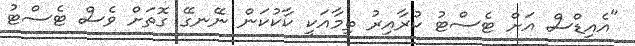
"އެއިޑްސް އަަށް ޓެސްޓު ކުރާއިރު ތިމާއަކީ ކާކުކަން ނޭނގޭ ގޮތަށް ވެސް ޓެސްޓު